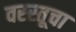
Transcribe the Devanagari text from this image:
वस्स्तूचा